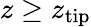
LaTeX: z\geq z_{\mathrm{tip}}